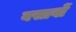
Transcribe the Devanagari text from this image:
बसावों